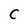
Character: C